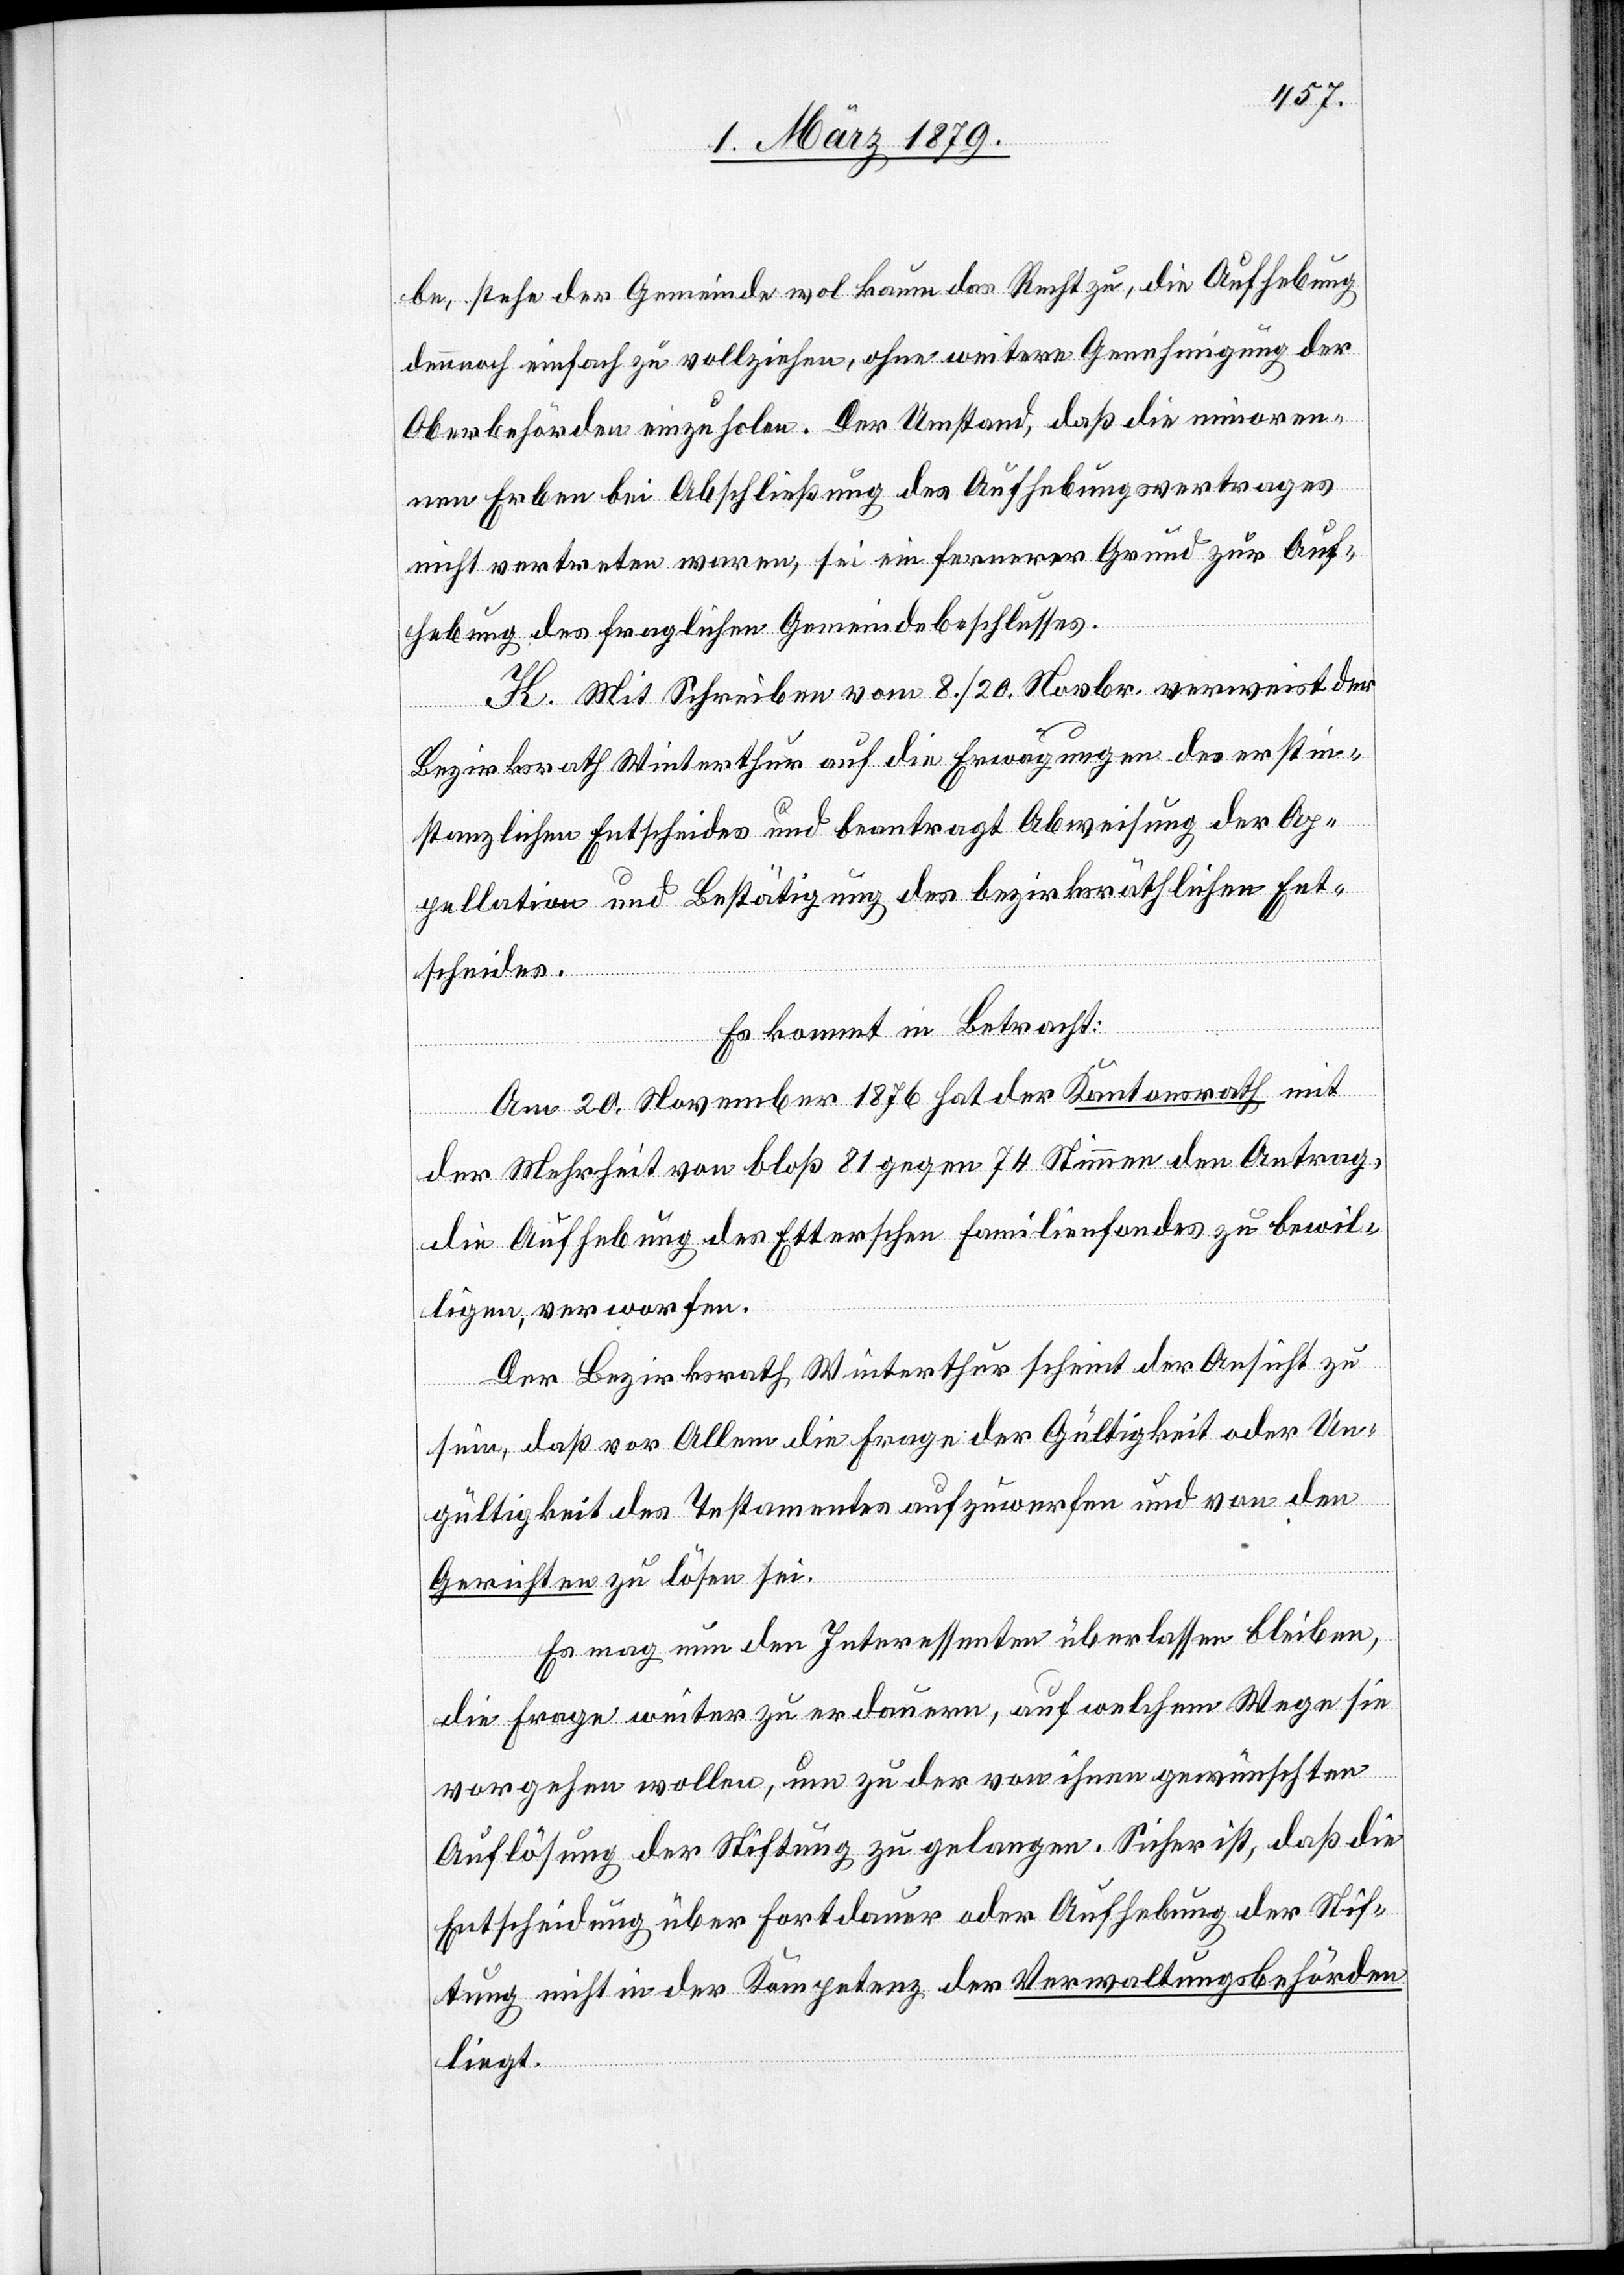
be, stehe der Gemeinde wol kaum das Recht zu, die Aufhebung
dennoch einfach zu vollziehen, ohne weitere Genehmigung der
Oberbehörden einzuholen. Der Umstand, daß die minoren¬
nen Erben bei Abschließung des Aufhebungsvertrages
nicht vertreten waren, sei ein fernerer Grund zur Auf¬
hebung des fraglichen Gemeindebeschlusses.
K. Mit Schreiben vom 8./20. Novbr. verweist der
Bezirksrath Winterthur auf die Erwägungen des erstin¬
stanzlichen Entscheides und beantragt Abweisung der Ap¬
pellation und Bestätigung des bezirksräthlichen Ent¬
scheides.
Es kommt in Betracht:
Am 20. November 1876 hat der Kantonsrath mit
der Mehrheit von bloß 81 gegen 74 Stimmen den Antrag,
die Aufhebung des Etterschen Familienfondes zu bewil¬
ligen, verworfen.
Der Bezirksrath Winterthur scheint der Ansicht zu
sein, daß vor Allem die Frage der Gültigkeit oder Un¬
gültigkeit des Testamentes aufzuwerfen und von den
Gerichten zu lösen sei.
Es mag nun den Interessenten überlassen bleiben,
die Frage weiter zu erdauern, auf welchem Wege sie
vorgehen wollen, um zu der von ihnen gewünschten
Auflösung der Stiftung zu gelangen. Sicher ist, daß die
Entscheidung über Fortdauer oder Aufhebung der Stif¬
tung nicht in der Kompetenz der Verwaltungsbehörden
liegt.